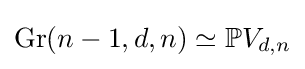
\operatorname {Gr} (n-1,d,n)\simeq \mathbb {P} V_{d,n}